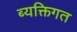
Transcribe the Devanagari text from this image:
ब्यक्तिगत